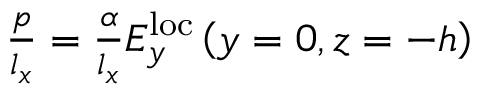
\begin{array} { r } { \frac { p } { l _ { x } } = \frac { \alpha } { l _ { x } } E _ { y } ^ { \mathrm { l o c } } \left( y = 0 , z = - h \right) } \end{array}